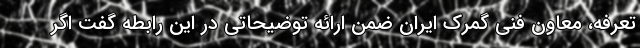
تعرفه، معاون فنی گمرک ایران ضمن ارائه توضیحاتی در این رابطه گفت اگر